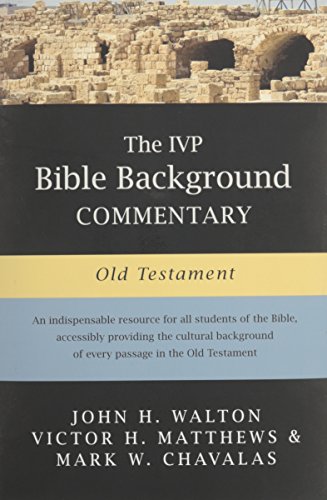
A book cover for The IVP Bible Background Commentary: Old Testament; John H. Walton; Christian Books & Bibles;